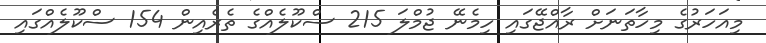
މިއަހަރުގެ މިހާތަނަށް ރާއްޖޭގައި ހިމެނޭ ޖުމްލަ 215 ސްކޫލެއްގެ ތެރެއިން 154 ސްކޫލެއްގައި